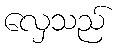
လှေသည်